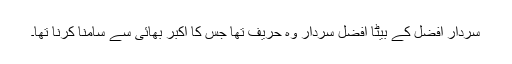
سردار افضل کے بیٹا افضل سردار وہ حریف تھا جس کا اکبر بھائی سے سامنا کرنا تھا۔